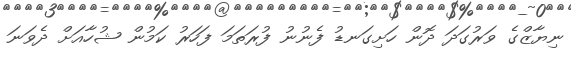
ނިޔާޒްގެ ވަރުގަދަ ދޮން ހަށިގަނޑު ފެނުނު ފުރަތަމަ ފަހަރު ކަމުން ޝުހާއަށް ދެވަނަ